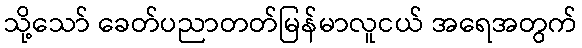
သို့သော် ခေတ်ပညာတတ်မြန်မာလူငယ် အရေအတွက်